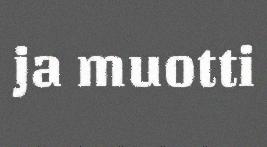
ja muotti